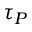
\tau _ { P }